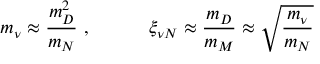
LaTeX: m _ { \nu } \approx \frac { m _ { D } ^ { 2 } } { m _ { N } } \ , \qquad \quad \xi _ { \nu N } \approx \frac { m _ { D } } { m _ { M } } \approx \sqrt { \frac { m _ { \nu } } { m _ { N } } }